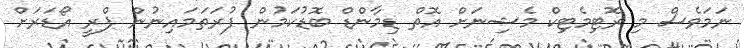
ނަމަވެސް މި ރޮޓިމެޓިކް މެޝިނަށް އޮތް ޑިމާންޑް ބޮޑުކަމުން ފުރަތަމައިނުން ޕްރީ އޯޑަރަށް